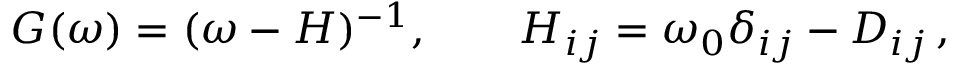
\begin{array} { r } { G ( \omega ) = ( \omega - H ) ^ { - 1 } , \qquad H _ { i j } = \omega _ { 0 } \delta _ { i j } - D _ { i j } \, , } \end{array}